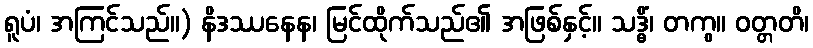
ရူပံ၊ အကြင်သည်။) နိဒဿနေန၊ မြင်ထိုက်သည်၏ အဖြစ်နှင့်။ သဒ္ဓိံ၊ တကွ။ ဝတ္တတိ၊